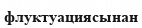
флуктуациясынан